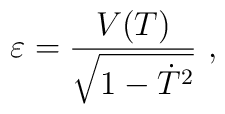
\varepsilon = {V(T) \over \sqrt{1- \dot T ^2 }} \ ,